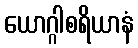
ယောဂ္ဂါစရိယာနံ